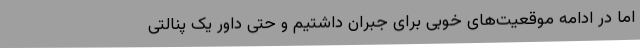
اما در ادامه موقعیت‌های خوبی برای جبران داشتیم و حتی داور یک پنالتی